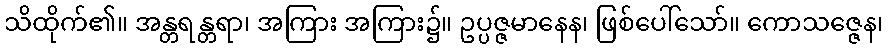
သိထိုက်၏။ အန္တရန္တရာ၊ အကြား အကြား၌။ ဥပ္ပဇ္ဇမာနေန၊ ဖြစ်ပေါ်သော်။ ကောသဇ္ဇေန၊